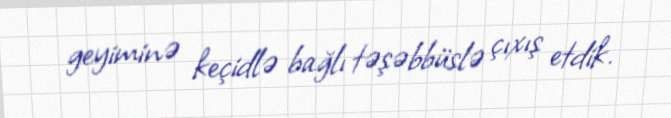
geyiminə keçidlə bağlı təşəbbüslə çıxış etdik.